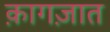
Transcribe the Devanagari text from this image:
क़ागज़ात